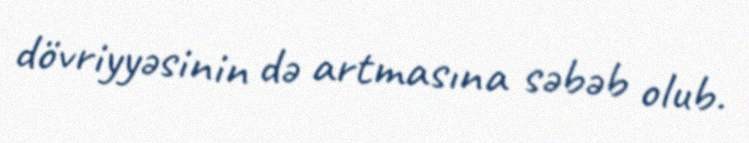
dövriyyəsinin də artmasına səbəb olub.